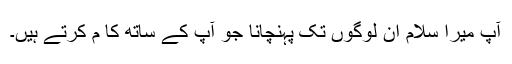
آپ میرا سلام ان لوگوں تک پہنچانا جو آپ کے ساتھ کا م کرتے ہیں۔